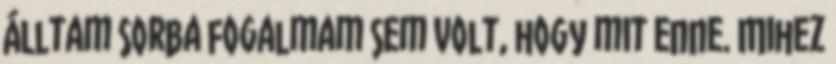
álltam sorba fogalmam sem volt, hogy mit enne. Mihez